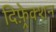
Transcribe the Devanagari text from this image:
दिफ़्रेक्शन